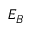
E _ { B }